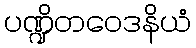
ပဏ္ဍိတဝေဒနိယံ